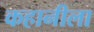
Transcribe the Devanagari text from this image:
कहानीला